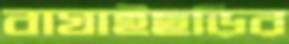
বাঘাইছড়ির